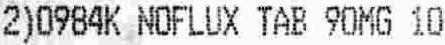
2)0984K NOFLUX TAB 90MG 10